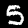
Digit: 5